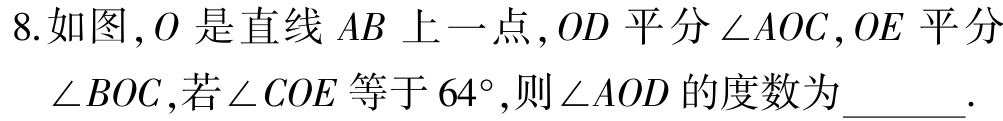
8.如图，\(O\)是直线\(AB\)上一点，\(OD\)平分\(\angle AOC\)，\(OE\)平分\(\angle BOC\)，若\(\angle COE\)等于\(64^{\circ}\)，则\(\angle AOD\)的度数为______.